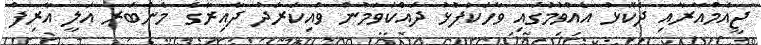
ޖީއެމްއާރާއި ދެކޮޅު އެއްވުމުގައި ވާހަކަފުޅު ދައްކަވަމުން ވައިކަރަދު ދާއިރާގެ މެންބަރ އަލީ އާރިފް